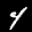
Label: 4